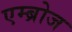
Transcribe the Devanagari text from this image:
एम्ब्रोज